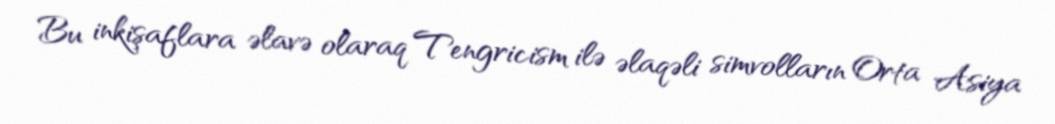
Bu inkişaflara əlavə olaraq Tengricism ilə əlaqəli simvolların Orta Asiya